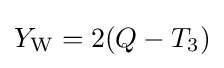
Y_{\rm {W}}=2(Q-T_{3})